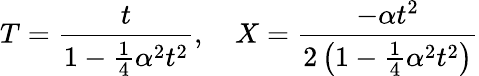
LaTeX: T={\frac{t}{1-{\frac{1}{4}}\alpha{}^{2}t^{2}}},\quad X={\frac{-\alpha t^{2}}{2\left(1-{\frac{1}{4}}\alpha{}^{2}t^{2}\right)}}